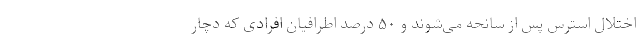
اختلال استرس پس از سانحه می‌شوند و ۵۰ درصد اطرافیان افرادی که دچار